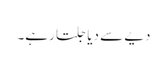
دیے سے دیا جلتا رہے۔